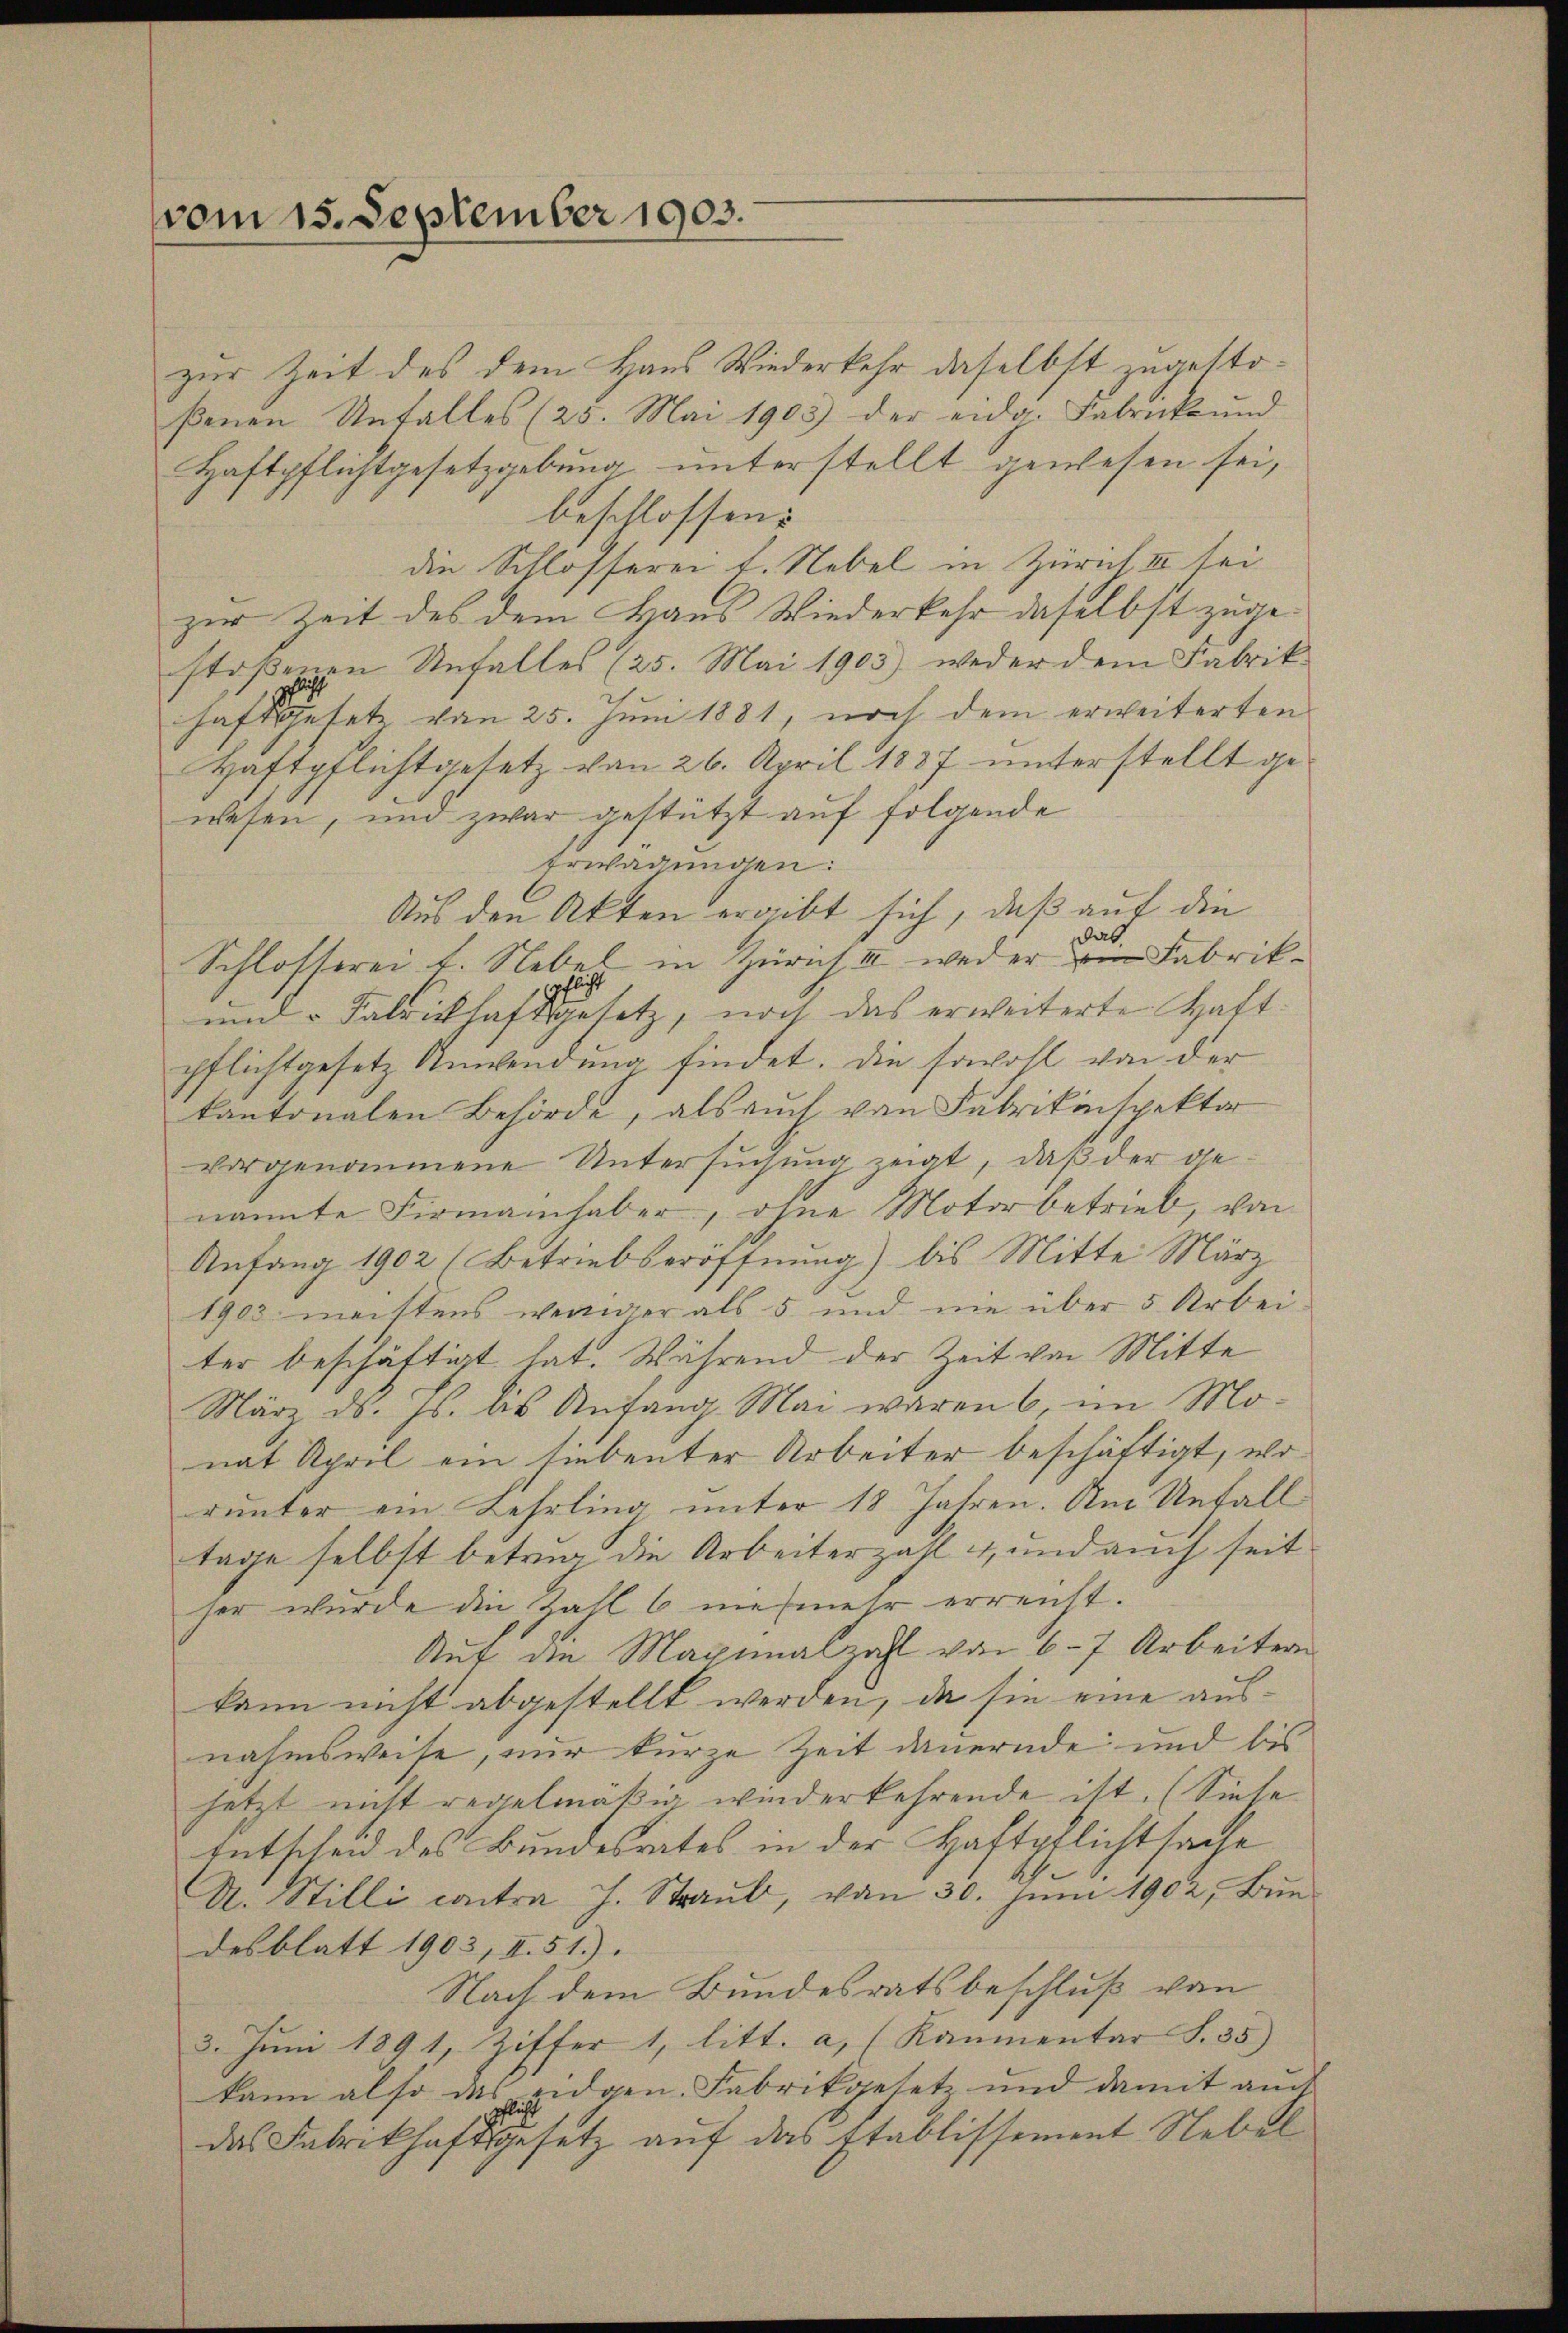
vom 15. September 1903.

zur Zeit des dem Haus Wiederkehr daselbst zugestoβenen Unfalles (25. Mai 1903 der eidg. Fabrikŭnd
Haftpflichtgesetzgebung unterstellt gewesen sei,
beschlossen:
die Schlosserei f. Nebel in Zürich II sei
zur Zeit des dem Haus Wiederkehr daselbst zugestoßenen Unfalles (25. Mai 1905) weder dem Fabrik-
haft gesetz von 25. Juni 1881, noch dem erweiterten
Haftpflichtgesetz von 26. April 1887 unterstellt ge-
wesen, und zwar gestützt auf folgende
Erwägungen:
Aus den Akten ergibt sich, daß auf die
as
Schlosterei t. Nebel in Zürich III weder Fabrik¬
und Fabrikhaftsgesetz, noch das erweiterte Haft-
pflichtgesetz Anwendung findet. Die sowohl von der
kantonalen Behörde, als auch von Fabrikinspektor
vorgenommene Untersuchung zeigt, daß der genannte Firmannhaber, ohne Motorbetrieb, von
Anfang 1902 (Betriebseröffnung) bis Mitte März
1903 meistens weniger als 5 und nie über 5 Arbei
ter beschäftigt hat. Während der Zeit von Mitte
März d. Js. bis Anfang Mai waren 6 im Monat April ein siebenter Arbeiter beschäftigt, worunter ein Lehrling unter 18 Jahren. Am Unfall
tage selbst betrug die Arbeiterzahl 4, und auch seit
ser wurde die Zahl 6 nie mehr erreicht.
Auf die Maximalzahl von 6-7 Arbeitern
kann nicht abgestellt werden, da sie eine ausnahmsweise, nur kurze Zeit dauernde und bis
jetzt nicht regelmäßig wiederkehrende ist. (Siehe
Entscheid des Bundesrates in der Haftpflichtsache
A. Stilli contra J. Straub, von 30. Juni 1902, Bundesblatt 1903, II. 51).
Nach dem Bundesratsbeschluß von
3. Juni 1891, Ziffer 1, litt. a. (Kaumentar S. 35)
kann also das eidgen. Fabrikgesetz und damit auch
das Fabrikhaftsgesetz auf das Etablissement Nebel